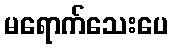
မရောက်သေးပေ